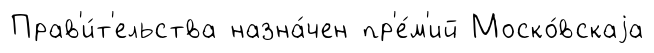
Прав'и́т'ельства назна́чен пр'е́м'ий Моско́вскаjа